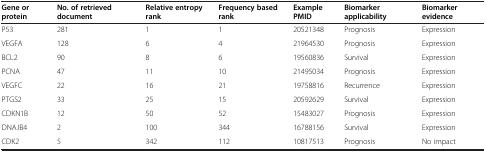
<table><thead><tr><td><b>Gene or protein</b></td><td><b>No. of retrieved document</b></td><td><b>Relative entropy rank</b></td><td><b>Frequency based rank</b></td><td><b>Example PMID</b></td><td><b>Biomarker applicability</b></td><td><b>Biomarker evidence</b></td></tr></thead><tbody><tr><td>P53</td><td>281</td><td>1</td><td>1</td><td>20521348</td><td>Prognosis</td><td>Expression</td></tr><tr><td>VEGFA</td><td>128</td><td>6</td><td>4</td><td>21964530</td><td>Prognosis</td><td>Expression</td></tr><tr><td>BCL2</td><td>90</td><td>8</td><td>6</td><td>19560836</td><td>Survival</td><td>Expression</td></tr><tr><td>PCNA</td><td>47</td><td>11</td><td>10</td><td>21495034</td><td>Prognosis</td><td>Expression</td></tr><tr><td>VEGFC</td><td>22</td><td>16</td><td>21</td><td>19758816</td><td>Recurrence</td><td>Expression</td></tr><tr><td>PTGS2</td><td>33</td><td>25</td><td>15</td><td>20592629</td><td>Survival</td><td>Expression</td></tr><tr><td>CDKN1B</td><td>12</td><td>50</td><td>52</td><td>15483027</td><td>Prognosis</td><td>Expression</td></tr><tr><td>DNAJB4</td><td>2</td><td>100</td><td>344</td><td>16788156</td><td>Survival</td><td>Expression</td></tr><tr><td>CDK2</td><td>5</td><td>342</td><td>112</td><td>10817513</td><td>Prognosis</td><td>No impact</td></tr></tbody></table>